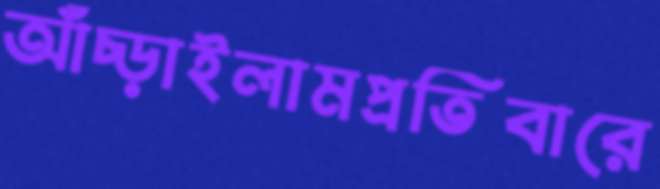
আঁচ্‌ড়াইলামপ্রতিবারে